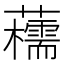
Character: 𧄨